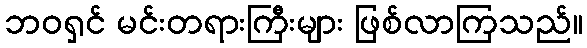
ဘဝရှင် မင်းတရားကြီးများ ဖြစ်လာကြသည်။